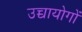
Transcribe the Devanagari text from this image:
उच्चायोगों